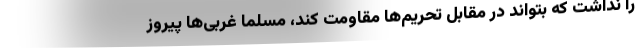
را نداشت که بتواند در مقابل تحریم‌ها مقاومت کند، مسلماً غربی‌ها پیروز